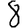
Digit: 8